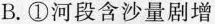
B.①河段含沙量剧增